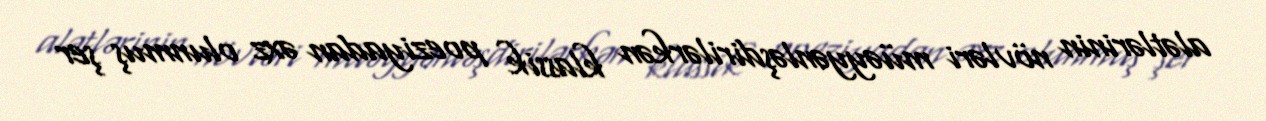
alətlərinin növləri müəyyənləşdirilərkən klassik poeziyadan əxz olunmuş şer